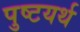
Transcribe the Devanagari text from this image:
पुष्टयर्थ